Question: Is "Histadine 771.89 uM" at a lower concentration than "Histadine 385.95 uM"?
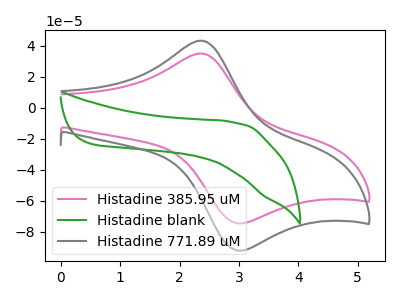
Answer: <think>The pink curve "Histadine 385.95 uM" has an anodic peak at (2.35V, 35.05uA) and a cathodic peak at (2.95V, -74.40uA). The green curve "Histadine blank" has no peaks. The gray curve "Histadine 771.89 uM" has an anodic peak at (2.35V, 43.35uA) and a cathodic peak at (2.95V, -91.95uA).
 All the peaks in "Histadine 385.95 uM" have a peak in "Histadine 771.89 uM" at the same potential. Every peak in "Histadine 385.95 uM" is lower than every peak in "Histadine 771.89 uM".</think>
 <answer>"Histadine 385.95 uM" has less signal than "Histadine 771.89 uM" and so likely has a lower concentration.</answer>
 <eval>less_concentration</eval>